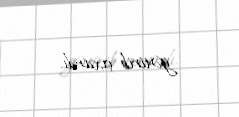
gətirib çıxardı.